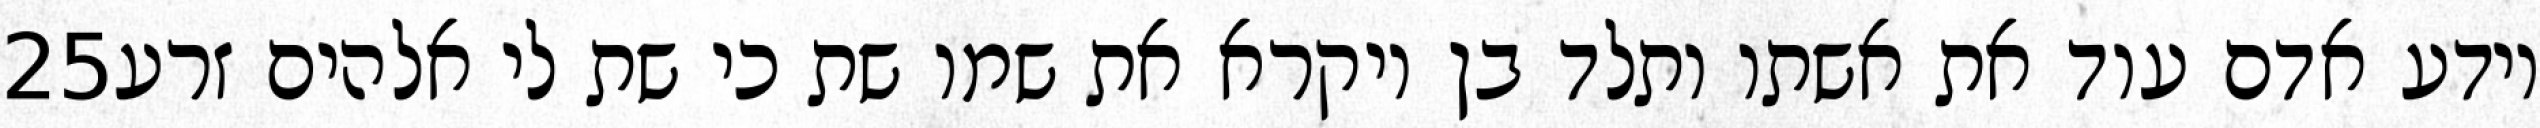
‎25‏ וידע אדם עוד את אשתו ותלד בן ויקרא את שמו שת כי שת לי אלהים זרע